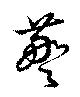
警